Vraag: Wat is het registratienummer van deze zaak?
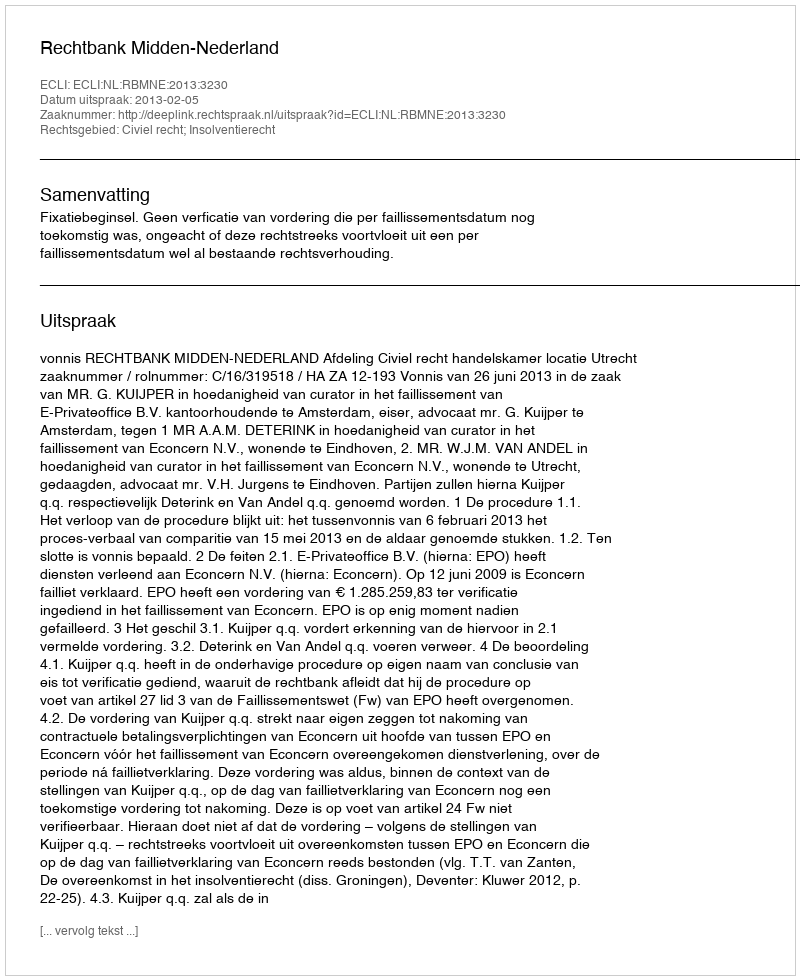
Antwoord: http://deeplink.rechtspraak.nl/uitspraak?id=ECLI:NL:RBMNE:2013:3230